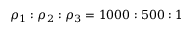
\rho _ { 1 } : \rho _ { 2 } : \rho _ { 3 } = 1 0 0 0 : 5 0 0 : 1